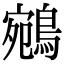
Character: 鵷